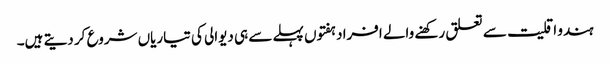
ہندو اقلیت سے تعلق رکھنے والے افراد ہفتوں پہلے سے ہی دیوالی کی تیاریاں شروع کر دیتے ہیں۔